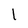
Character: l